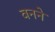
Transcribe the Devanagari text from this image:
वनने